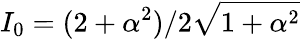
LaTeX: I_{0}=(2+\alpha^{2})/2\sqrt{1+\alpha^{2}}